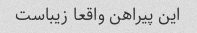
این پیراهن واقعا زیباست